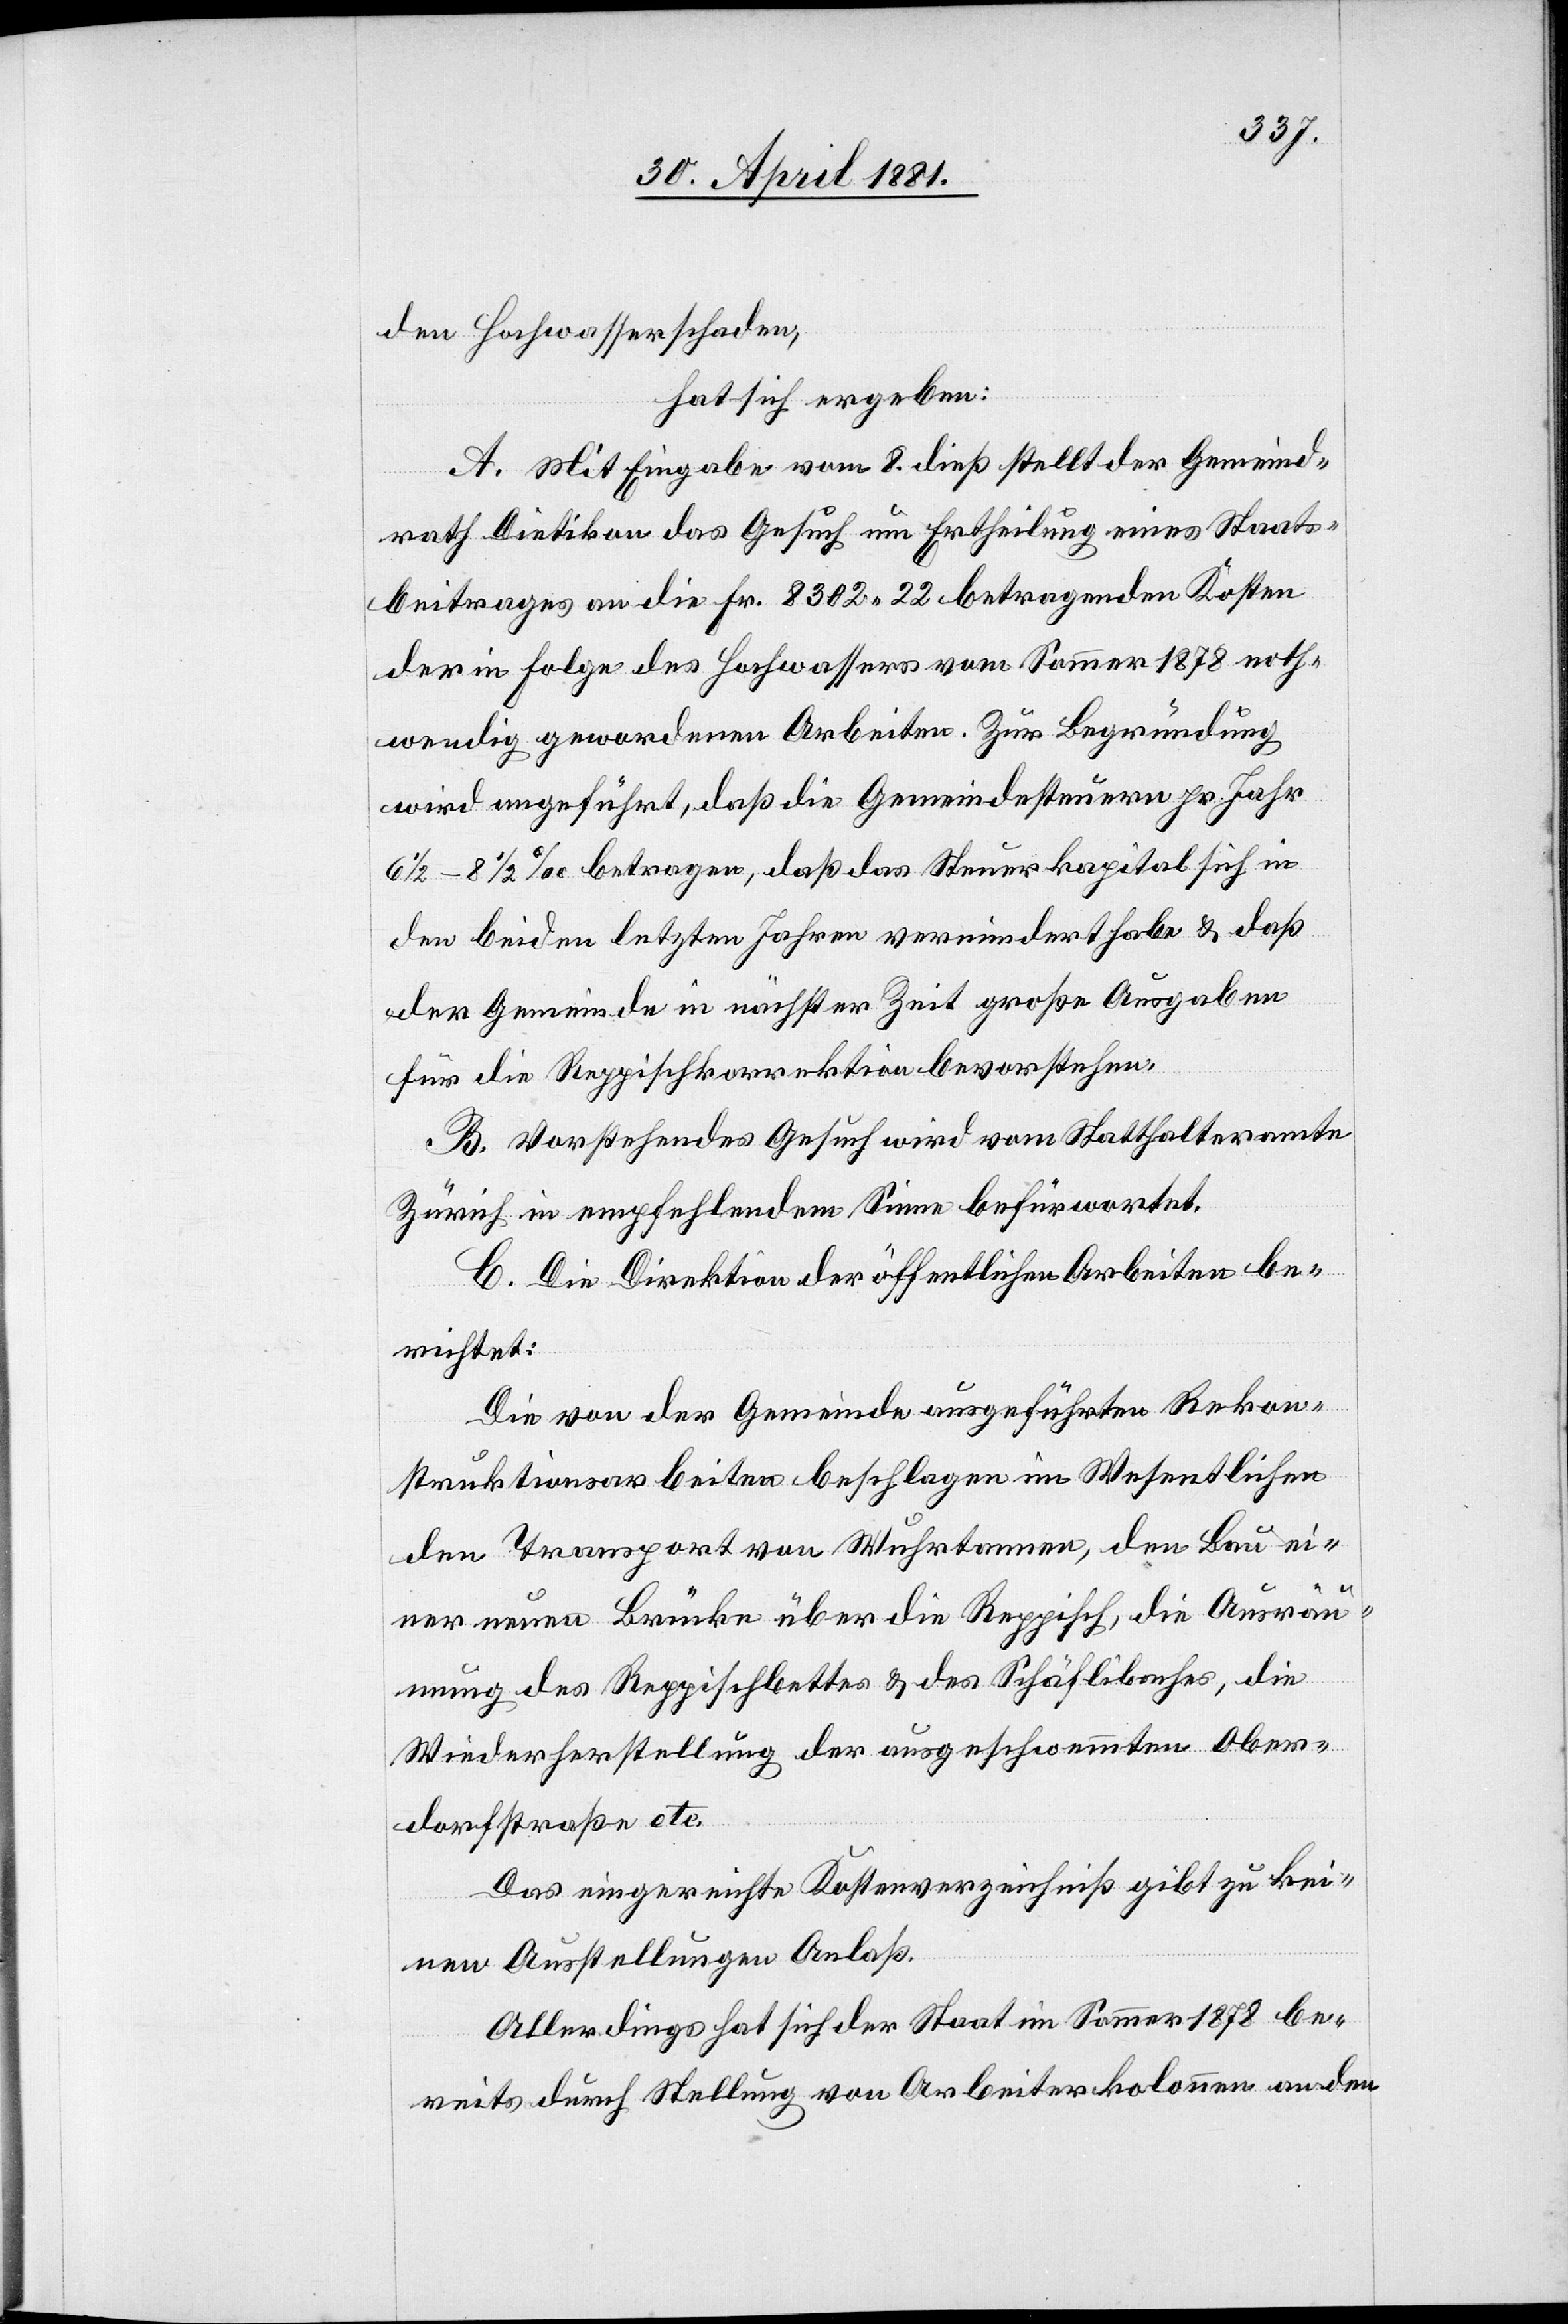
den Hochwasserschaden,
hat sich ergeben:
A. Mit Eingabe vom 8. dieß stellt der Gemeind¬
rath Dietikon das Gesuch um Ertheilung eines Staats¬
beitrages an die Fr. 8302. 22 betragenden Kosten
der in Folge des Hochwassers vom Sommer 1878 noth¬
wendig gewordenen Arbeiten. Zur Begründung
wird angeführt, daß die Gemeindesteuern pr. Jahr
6 1/2–8 1/2‰ betragen, daß das Steuerkapital sich in
den beiden letzten Jahren vermindert habe & daß
der Gemeinde in nächster Zeit große Ausgaben
für die Reppischkorrektion bevorstehen.
B. Vorstehendes Gesuch wird vom Statthalteramte
Zürich in empfehlendem Sinne befürwortet.
C. Die Direktion der öffentlichen Arbeiten be¬
richtet:
Die von der Gemeinde ausgeführten Rekon¬
struktionsarbeiten beschlagen im Wesentlichen
den Transport von Wuhrtannen, den Bau ei¬
ner neuen Brücke über die Reppisch, die Ausräu¬
mung des Reppischbettes & des Schäflibaches, die
Wiederherstellung der ausgeschwemmten Ober¬
dorfstraße etc.
Das eingereichte Kostenverzeichniß gibt zu kei¬
nen Ausstellungen Anlaß.
Allerdings hat sich der Staat im Sommer 1878 be¬
reits durch Stellung von Arbeiterkolonnen an den